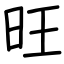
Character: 旺